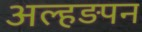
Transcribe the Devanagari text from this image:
अल्हड़पन